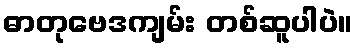
ဓာတုဗေဒကျမ်း တစ်ဆူပါပဲ။